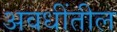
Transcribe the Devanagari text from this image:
अवधींतील